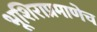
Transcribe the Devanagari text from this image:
भूशिराप्रमाणेच